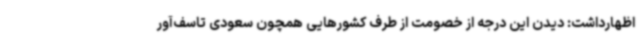
اظهارداشت: دیدن این درجه از خصومت از طرف کشورهایی همچون سعودی تاسف‌آور